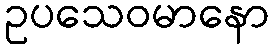
ဥပသေဝမာနော